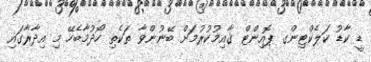
ޑީ ކާޑު ކަލެކްޓިންގ ޕޮއިންޓް ޤާއިމުކުރުމަށް ބޭނުންވާ ތަކެތި ހޯދުމާބެހޭ މި އިދާރާގައި